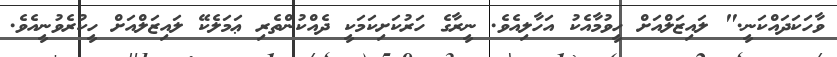
ވާހަކަދައްކަނީ." ލައިޒަލްއަށް ހީވުމާއެކު އަހާލިއެވެ. ނީރާގެ ހަރުކަށިކަމަކީ ދެއްކުންތެރި ޢަމަލެކޭ ލައިޒަލްއަށް ހީކުރެވުނީއެވެ.